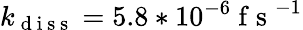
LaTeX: k_{\mathrm{~d~i~s~s~}}=5.8*10^{-6}\mathrm{~f~s~}^{-1}